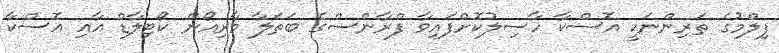
ފިލްމުގެ ތަރިންނަކީ އޮސްކާ ހާސިލުކޮށްފައިވާ ފްރާންސްގެ ބަތަލާ މާރިއޯން ކޯޓިލާޑް އާއި އޮސްކާ